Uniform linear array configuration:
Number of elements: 8
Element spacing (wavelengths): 0.75
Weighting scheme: binomial
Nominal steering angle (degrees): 15
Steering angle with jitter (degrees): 13.054
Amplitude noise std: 0.05
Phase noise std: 0.05

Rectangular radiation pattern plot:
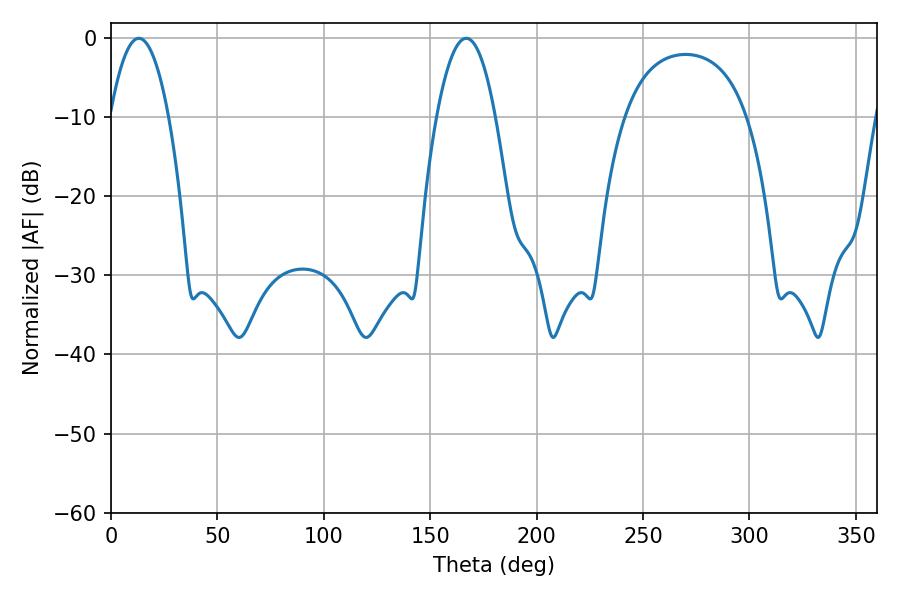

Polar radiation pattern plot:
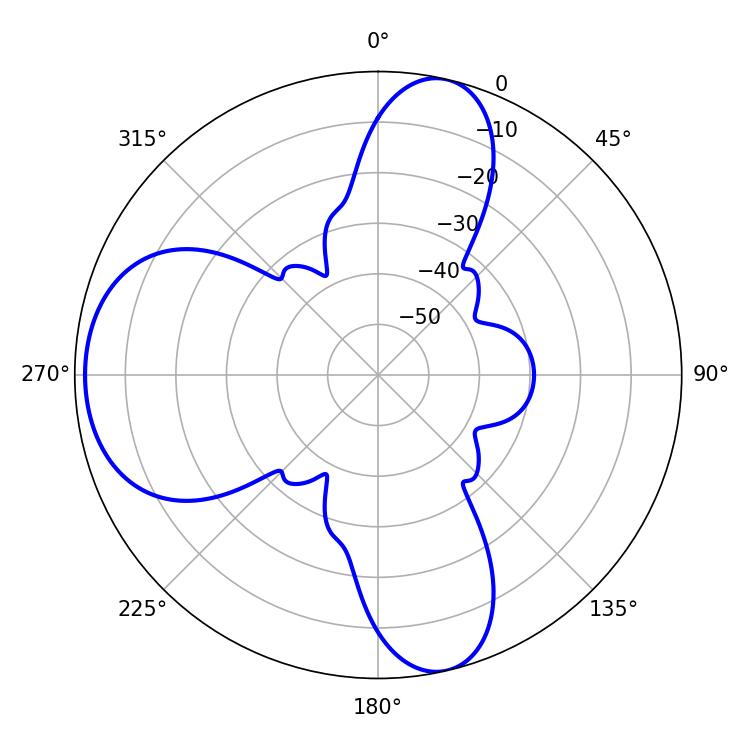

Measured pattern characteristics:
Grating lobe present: TRUE
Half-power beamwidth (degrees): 15.12
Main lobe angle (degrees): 13.14